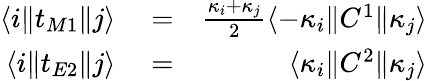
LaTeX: \begin{array}{rlr}{\langle i\| t_{M1}\| j\rangle}&{{}=}&{\frac{\kappa_{i}+\kappa_{j}}{2}\langle-\kappa_{i}\| C^{1}\| \kappa_{j}\rangle}\\ {\langle i\| t_{E2}\| j\rangle}&{{}=}&{\langle\kappa_{i}\| C^{2}\| \kappa_{j}\rangle}\end{array}